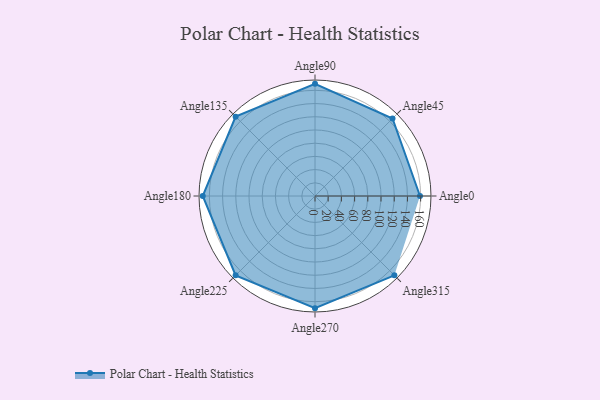
{"axis": {"x": "Angle", "y": "Radius"}, "legend": [""], "data": [{"x": "Angle0", "y": 159.0, "type": ""}, {"x": "Angle45", "y": 166.0, "type": ""}, {"x": "Angle90", "y": 170, "type": ""}, {"x": "Angle135", "y": 170, "type": ""}, {"x": "Angle180", "y": 170, "type": ""}, {"x": "Angle225", "y": 170, "type": ""}, {"x": "Angle270", "y": 170, "type": ""}, {"x": "Angle315", "y": 170, "type": ""}]}